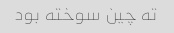
ته چین سوخته بود